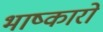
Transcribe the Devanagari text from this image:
भाष्कारों